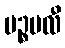
ပဉ္စဗလီ